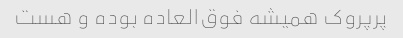
پرپروک همیشه فوق‌العاده بوده و هست